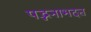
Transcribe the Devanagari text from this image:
पद्भनाभदत्त